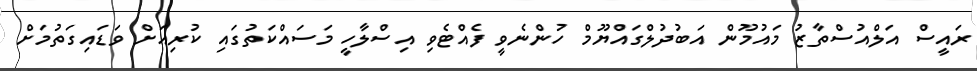
ރައީސް އަލްއުސްތާޒު މައުމޫން އަބުދުލްގައްޔޫމް ހުންނެވީ ފެއްޓެވި އިސްލާހީ މަސައްކަތުގައި ކުރިއަށް ވަޑައިގަތުމަށް